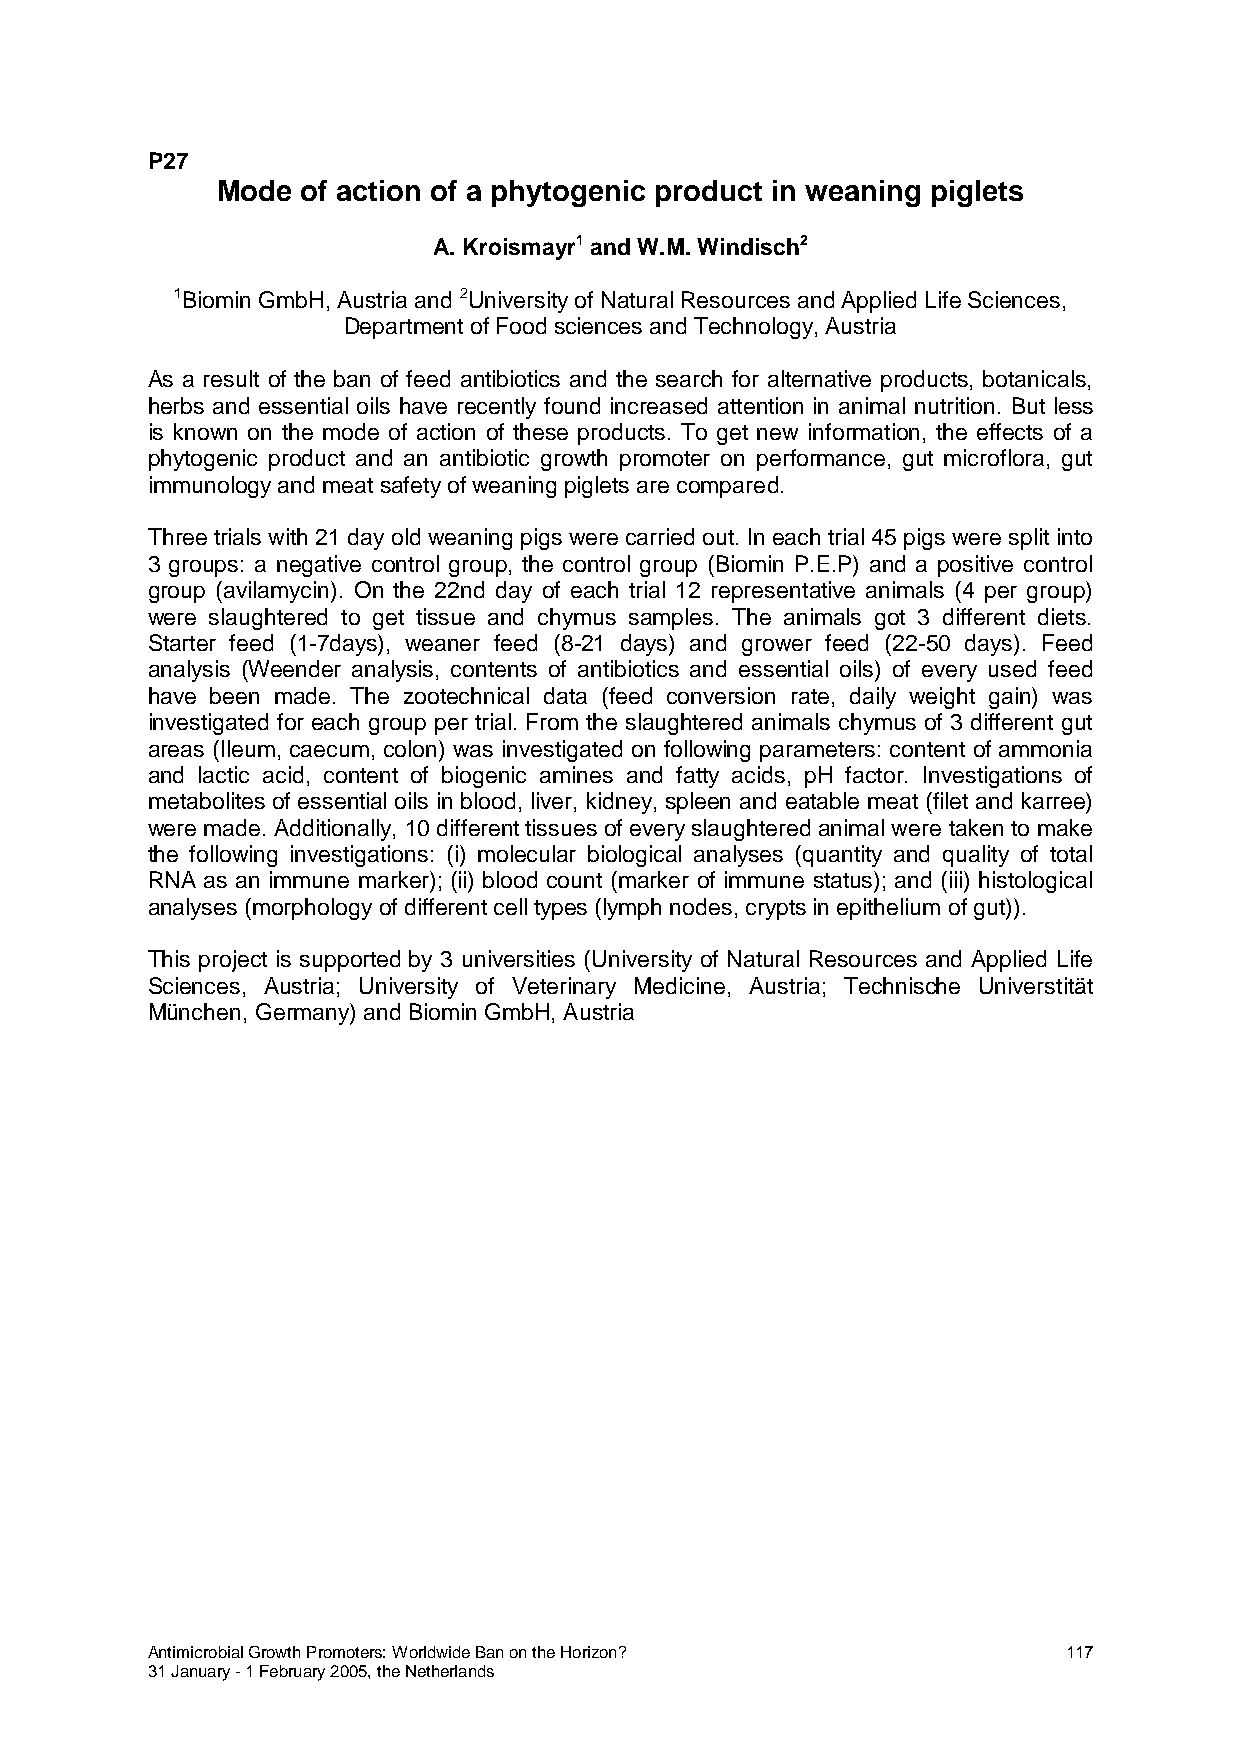
P27
 Mode  of action of a phytogenic product in weaning piglets
 A. Kroismayr1 and W.M. Windisch2
 1Biomin GmbH, Austria and 2University of Natural Resources and Applied Life Sciences,
 Department of Food sciences and Technology, Austria
 As a result of the ban of feed antibiotics and the search for alternative products, botanicals,
 herbs and essential oils have recently found increased attention in animal nutrition. But less
 is known on the mode of action of these products. To get new information, the effects of a
 phytogenic product and an antibiotic growth promoter on performance, gut microflora, gut
 immunology and meat safety of weaning piglets are compared.
 Three trials with 21 day old weaning pigs were carried out. In each trial 45 pigs were split into
 3 groups: a negative control group, the control group (Biomin P.E.P) and a positive control
 group (avilamycin). On the 22nd day of each trial 12 representative animals (4 per group)
 were slaughtered to get tissue and chymus samples. The animals got 3 different diets.
 Starter feed (1-7days), weaner feed (8-21 days) and grower feed (22-50 days). Feed
 analysis (Weender analysis, contents of antibiotics and essential oils) of every used feed
 have been made. The zootechnical data (feed conversion rate, daily weight gain) was
 investigated for each group per trial. From the slaughtered animals chymus of 3 different gut
 areas (Ileum, caecum, colon) was investigated on following parameters: content of ammonia
 and lactic acid, content of biogenic amines and fatty acids, pH factor. Investigations of
 metabolites of essential oils in blood, liver, kidney, spleen and eatable meat (filet and karree)
 were made. Additionally, 10 different tissues of every slaughtered animal were taken to make
 the following investigations: (i) molecular biological analyses (quantity and quality of total
 RNA as an immune marker); (ii) blood count (marker of immune status); and (iii) histological
 analyses (morphology of different cell types (lymph nodes, crypts in epithelium of gut)).
 This project is supported by 3 universities (University of Natural Resources and Applied Life
 Sciences, Austria; University of Veterinary Medicine, Austria; Technische Universtität
 München, Germany) and Biomin GmbH, Austria
 Antimicrobial Growth Promoters: Worldwide Ban on the Horizon? 117
 31 January - 1 February 2005, the Netherlands